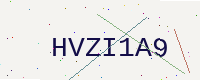
Text: HVZI1A9